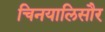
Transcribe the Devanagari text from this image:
चिनयालिसौर